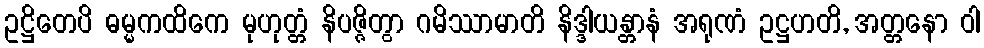
ဥဋ္ဌိတေပိ ဓမ္မကထိကေ မုဟုတ္တံ နိပဇ္ဇိတွာ ဂမိဿာမာတိ နိဒ္ဒါယန္တာနံ အရုဏံ ဥဋ္ဌဟတိ, အတ္တနော ဝါ